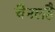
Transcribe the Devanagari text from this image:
चैनलहै